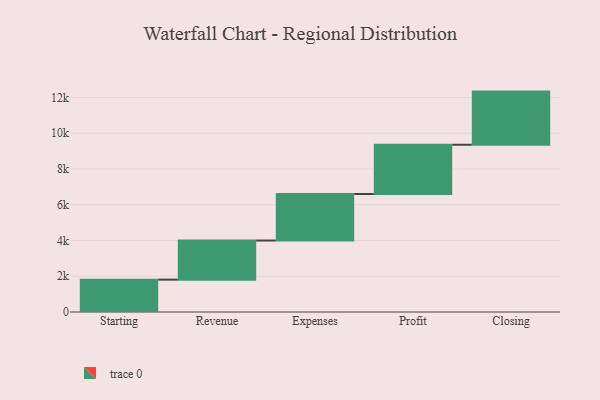
{"axis": {"x": "Step", "y": "Value"}, "legend": [""], "data": [{"x": "Starting", "y": 1810.0, "type": ""}, {"x": "Revenue", "y": 2189.0, "type": ""}, {"x": "Expenses", "y": 2605.0, "type": ""}, {"x": "Profit", "y": 2755.0, "type": ""}, {"x": "Closing", "y": 2974.0, "type": ""}]}